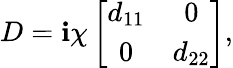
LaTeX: D=\mathbf{i}\chi\left[\begin{array}{cc}{d_{11}}&{0}\\ {0}&{d_{22}}\end{array}\right],